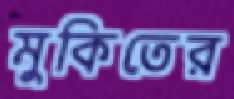
মুকিতের